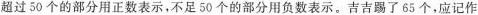
超过50个的部分用正数表示，不足50个的部分用负数表示。吉吉踢了65个，应记作